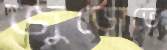
জুড়োতে